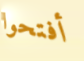
أفتحوا